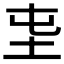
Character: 𡉫